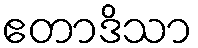
ဧတာဒိသာ